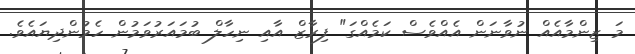
މަ ޒިންމާއެއް ނުވާނަން އެއްވެސް ކަމެއްގަ" ފިރާޒް އާއި ނިހާލް ބުމައަރުވަމުން ހެމުންދިޔައެވެ.